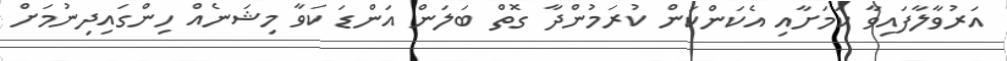
އަރުވާލާފައިވާ ކަމަށާއި އެކަންކަން ކުރަމުންދާ ގޮތް ބަލަން އަންޑަ ކަވާ މިޝަނެއް ހިންގައިދިނުމަށް